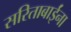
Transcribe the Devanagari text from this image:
सरिताबाईंना